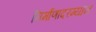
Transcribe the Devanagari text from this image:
निर्माणादरम्यान